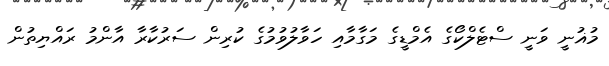
މުޣުނީ ވަނީ ސްޓެލްކޯގެ އެމްޑީގެ މަގާމާއި ހަވާލުވުމުގެ ކުރިން ސަރުކާރާ އާންމު ރައްޔިތުން